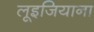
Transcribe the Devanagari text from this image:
लूइजियाना